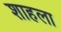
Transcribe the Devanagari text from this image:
शाहला